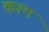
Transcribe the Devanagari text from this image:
कश्म